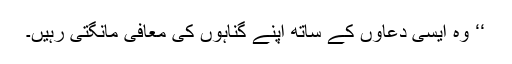
‘‘ وہ ایسی دعاؤں کے ساتھ اپنے گناہوں کی معافی مانگتی رہیں۔